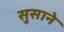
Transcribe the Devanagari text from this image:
सुसाने